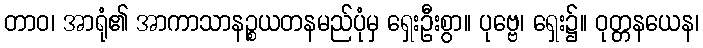
တာဝ၊ အာရုံ၏ အာကာသာနဉ္စယတနမည်ပုံမှ ရှေးဦးစွာ။ ပုဗ္ဗေ၊ ရှေး၌။ ဝုတ္တနယေန၊